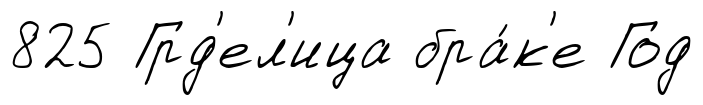
825 Грд'ел'ица бра́к'е Год